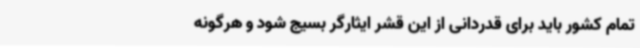
تمام کشور باید برای قدردانی از این قشر ایثارگر بسیج شود و هرگونه